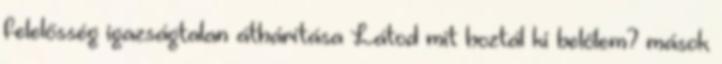
felelősség igazságtalan áthárítása Látod mit hoztál ki belőlem? mások